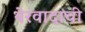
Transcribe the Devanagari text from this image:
थेरवादाची